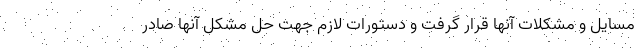
مسایل و مشکلات آنها قرار گرفت و دستورات لازم جهت حل مشکل آنها صادر